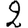
Digit: 2